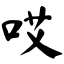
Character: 哎